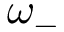
\omega _ { - }